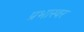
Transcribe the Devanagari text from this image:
प्रभास्वर